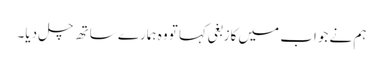
ہم نے جواب میں کازبغی کہا تو وہ ہمارے ساتھ چل دیا۔